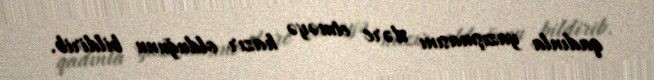
qadınla yazışmasını dərc etməyə hazır olduğunu bildirib.